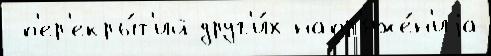
 п'ер'екры́т'ий друг'и́х напр'яже́н'иjа